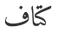
كتاف